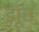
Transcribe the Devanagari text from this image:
झूँठ